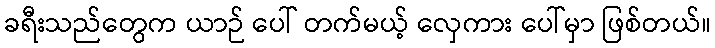
ခရီးသည်တွေက ယာဉ် ပေါ် တက်မယ့် လှေကား ပေါ်မှာ ဖြစ်တယ်။